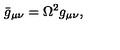
\bar { g } _ { \mu \nu } = \Omega ^ { 2 } g _ { \mu \nu } ,